Annual report of the Madras Medical College
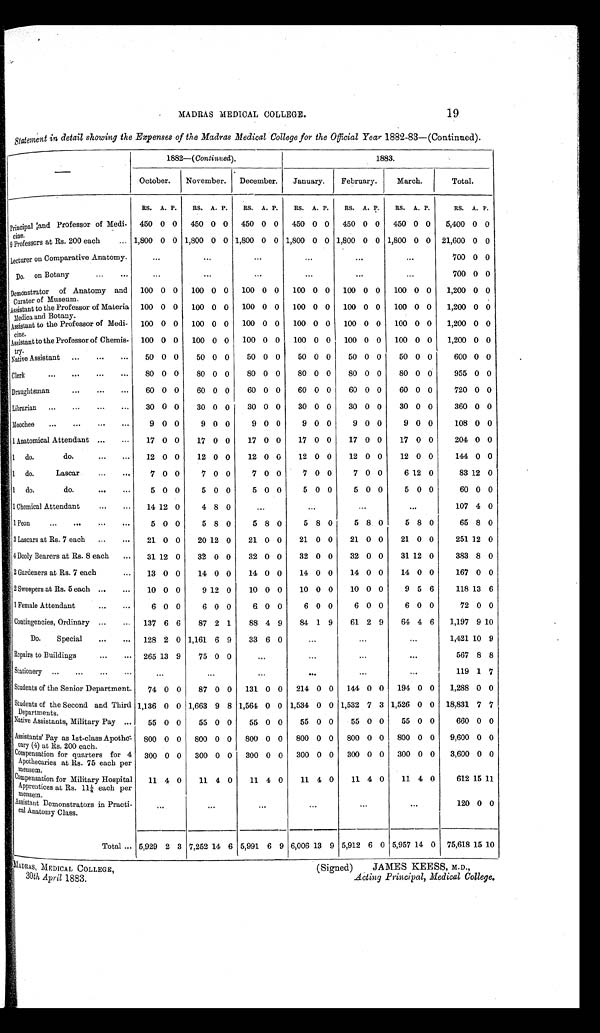
MADRAS, MEDICAL COLLEGE,
30th April 1883.
(Signed)
JAMES KEESS, M.D.,
Acting Principal, Medical College,
19
MADRAS MEDICAL COLLEGE.
Statement in detail showing the Expenses of the Madras Medical College for the Official Year 1882-83—(Continued).
1882—(Continued),
1883.
October.
November. December.
January.
February.
March.
Total.
RS. A. P. RS. A. P. RS. A. P.
RS. A. P.
RS. A. P. RS. A. P.
RS. A. P.
Principal land Professor of Medicine. 450 0 0 450 0 0 450 0 0 450 0 0 450 0 0 450 0 0
5,400 0 0
9 Professors at Rs. 200 each
1,800 0 0 1,800 0 0 1,800 0 0 1,800 0 0 1,800 0 0 1,800 0 0 21,600 0 0
Lecturer on Comparative Anatomy.
...
...
...
700 0 0
Do. on Botany
. . .
. -
. . .
...
. . .
700 0 0
Demonstrator of Anatomy and
Curator of Museum.
100 0 0 100 0 0 100 0 0 100 0 0 100 0 0 100 0 0
1,200 0 0
Assistant to the Professor of Materia
Medica and Botany.
100 0 0 100 0 0 100 0 0 100 0 0 100 0 0 100 0 0
1,200 0 0
Assistant to the Professor of Medi-
cine.
100 0 0 100 0 0 100 0 0 100 0 0 100 0 0 100 0 0
1,200 0 0
Assistant to the Professor of Chemis-
try.
100 0 0 100 0 0 100 0 0 100 0 0 100 0 0 100 0 0
1,200 0 0
Native Assistant ...
...
...
50 0 0
50 0 0
50 0 0
50 0 0
50 0 0
50 0 0
600 0 0
Clerk
...
...
...
...
80 0 0
80 0 0
80 0 0
80 0 0
80 0 0
80 0 0
955 0 0
Draughtsman
...
...
...
60 0 0
60 0 0
60 0 0
60 0 0
60 0 0
60 0 0
720 0 0
Librarian ...
. . . ... ...
30 0 0
30 0 0
30 0 0
30 0 0
30 0 0
30 0 0
360 0 0
Moochee
...
...
...
...
9 0 0
9 0 0
9 0 0
9 0 0
9 0 0
9 0 0
108 0 0
1 Anatomical Attendant ...
...
17 0 0
17 0 0
17 0 0
17 0 0
17 0 0
17 0 0
204 0 0
1 do.
do.
12 0 0
12 0 0
12 0 0
12 0 0
12 0 0
12 0 0
144 0 0
1 do.
Lascar
...
. ..
7 0 0
7 0 0
7 0 0
7 0 0
7 0 0 6
12 0
83 12 0
1 do.
do.
...
. .
5 0 0
5 0 0
5 0 0
5 0 0
5 0 0
5 0 0
60 0 0
1 Chemical Attendant
...
...
14 12 0
4 8 0
.
. . .
107 4 0
1 Peon
...
...
. . . . .
5 0 0
5 8 0
5 8 0
5 8 0
5 8 0
5 8 0
65 8 0
3 Lascars at Rs. 7 each ...
...
21 0 0
20 12 0
21 0 0
21 0 0
21 0 0
21 0 0
251 12 0
4 Dooly Bearers at Rs. 8 each
...
31 12 0
32 0 0
32 0 0
32 0 0
32 0 0
31 12 0
383 8 0
2 Gardeners at Rs. 7 each
...
13 0 0
14 0 0
14 0 0
14 0 0
14 0 0
14 0 0
167 0 0
2 Sweepers at Rs. 5 each ...
..
.
10 0 0
9 12 0
10 0 0
10 0 0
10 0 0
9 5 6
118 13 6
1 Female Attendant
...
. .
6 0 0
6 0 0
6 0 0
6 0 0
6 0 0
6 0 0
72 0 0
Contingencies, Ordinary ...
... 137 6 6
87 2 1
88 4 9
84 1 9
61 2 9
64 4 6
1,197 9 10
Do.
Special
...
... 128 2 0 1,161 6 9
33 6 0
1,421 10 9
Repairs to Buildings
...
... 265 13 9
75 0 0
...
...
...
567 8 8
Stationery ...
. . . ...
...
. . .
...
...
...
119
1 7
Students of the Senior Department.
74 0 0
87 0 0 131 0 0 214 0 0 144 0 0 194 0 0
1,288 0 0
Students of the Second and Third
Departments.
1,136 0 0 1,663 9 8 1,564 0 0 1,534 0 0 1,532 7 3 1,526 0 0 18,831 7 7
Native Assistants, Military P ay ...
55 0 0
55 0 0
55 0 0
55 0 0
55 0 0
55 0 0
660 0 0
Assistants' Pay as 1st-class Apothe
cary (4) at Rs. 200 each.
800 0 0 800 0 0 800 0 0 800 0 0 800 0 0 800 0 0
9,600 0 0
Compensation for quarters for 4
Apothecaries at Rs. 75 each per
mensem.
300 0 0 300 0 0 300 0 0 300 0 0 300 0 0 300 0 0
3,600 0 0
Compensation for Military Hospital
Apprentices at Rs. 11 1/4 each per
rnensem.
11 4 0
11 4 0
11 4 0
11 4 0
11 4 0
11 4 0
612 15 11
Assistant Demonstrators in Practi-
cal Anatomy Class.
...
...
...
...
...
...
120 0 0
Total ... 5,929 2 3 7,252 14 6 5,991 6 9 6,006 13 9 5,912 6 0 5,957 14 0 75,618 15 10